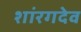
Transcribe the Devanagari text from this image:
शांरगदेव